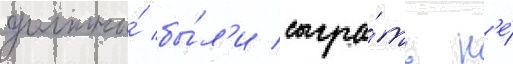
должны́ бы́л'и сыгра́ть н'е́